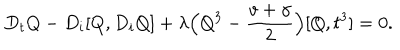
LaTeX: D _ { t } Q - D _ { i } [ Q , D _ { i } Q ] + { \lambda } \Big ( Q ^ { 3 } - \frac { v + \gamma } { 2 } \Big ) [ Q , t ^ { 3 } ] = 0 .